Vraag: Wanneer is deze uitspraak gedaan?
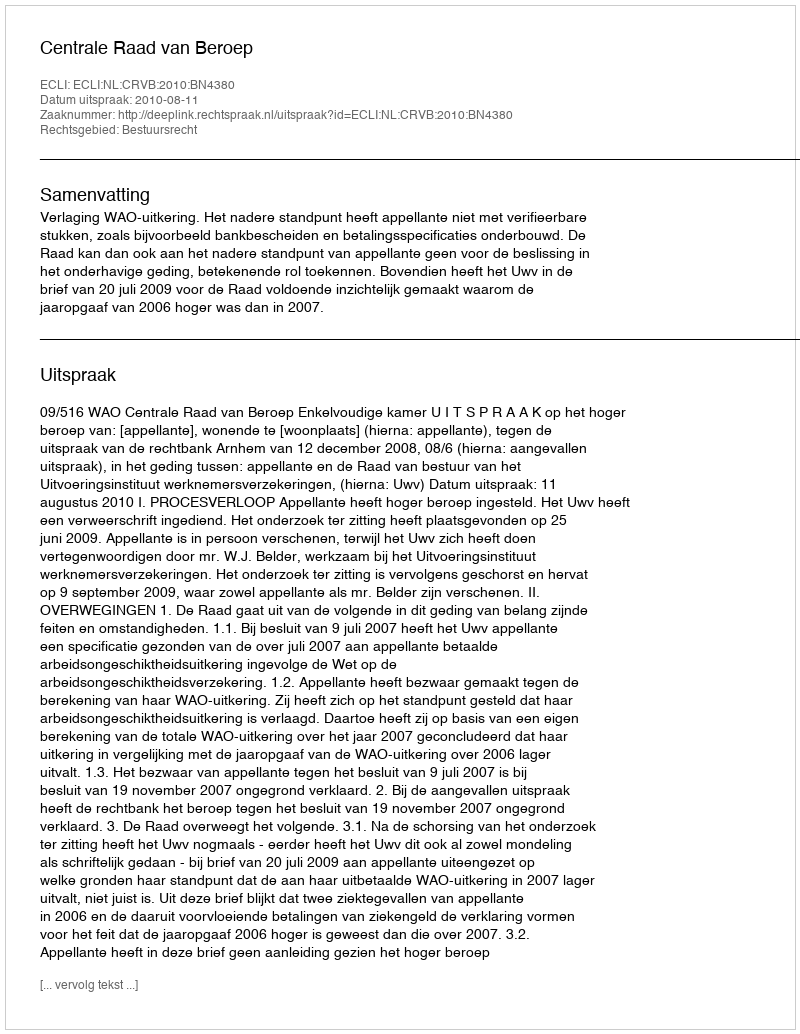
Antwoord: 2010-08-11